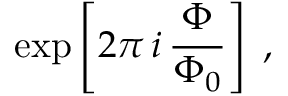
\exp \left[ 2 \pi \, i \, \frac { \Phi } { \Phi _ { 0 } } \right] \; ,